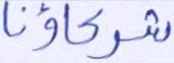
شركاؤنا